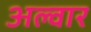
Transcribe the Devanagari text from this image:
अल्‍वार